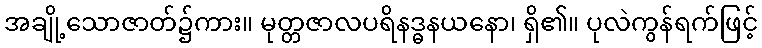
အချို့သောဇာတ်၌ကား။ မုတ္တဇာလပရိနဒ္ဓနယနော၊ ရှိ၏။ ပုလဲကွန်ရက်ဖြင့်